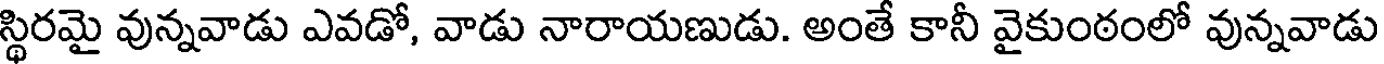
స్థిరమై వున్నవాడు ఎవడో, వాడు నారాయణుడు. అంతే కానీ వైకుంఠంలో వున్నవాడు